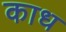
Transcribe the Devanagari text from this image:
काध